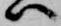
ハ